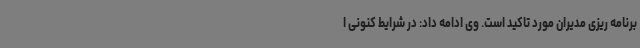
برنامه ریزی مدیران مورد تاکید است. وی ادامه داد: در شرایط کنونی ا